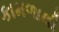
કામળાથી